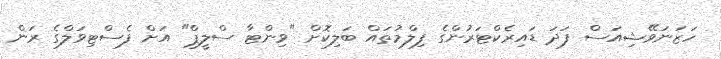
ހަޒަނަވޭޝިއަސް ފަދަ ޑައިރެކްޓަރުންގެ ފިލްމުތައް ބަލިކޮށް "ވިންޓާ ސްލީޕް" އަށް ފެސްޓިވަލްގެ ރަން